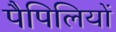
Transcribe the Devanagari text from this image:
पैपिलियों